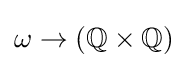
\omega \to ({\mathbb {Q} }\times {\mathbb {Q} })